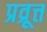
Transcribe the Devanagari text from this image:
प्रव्रूत्त